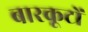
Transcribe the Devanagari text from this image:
बारकूटों